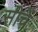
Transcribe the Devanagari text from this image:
सीचें